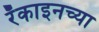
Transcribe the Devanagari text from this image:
रँकाइनच्या